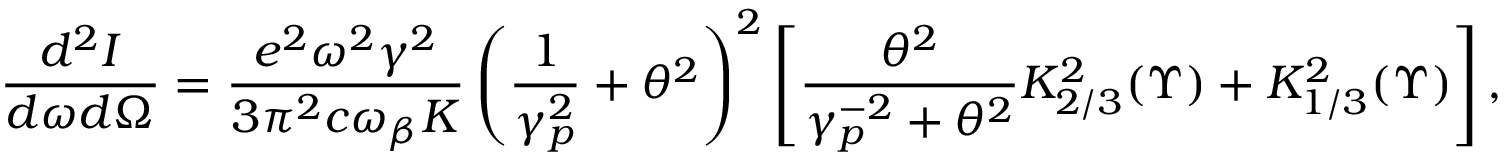
\frac { d ^ { 2 } I } { d \omega d \Omega } = \frac { e ^ { 2 } \omega ^ { 2 } \gamma ^ { 2 } } { 3 \pi ^ { 2 } c \omega _ { \beta } K } \left( \frac { 1 } { \gamma _ { p } ^ { 2 } } + \theta ^ { 2 } \right) ^ { 2 } \left[ \frac { \theta ^ { 2 } } { \gamma _ { p } ^ { - 2 } + \theta ^ { 2 } } K _ { 2 / 3 } ^ { 2 } ( \Upsilon ) + K _ { 1 / 3 } ^ { 2 } ( \Upsilon ) \right] ,